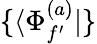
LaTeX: \{ \langle\Phi_{f^{\prime}}^{(a)}|\}